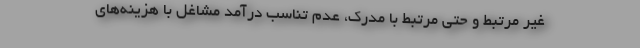
غیر مرتبط و حتی مرتبط با مدرک، عدم تناسب درآمد مشاغل با هزینه‌های